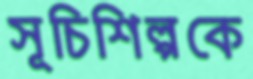
সূচিশিল্পকে